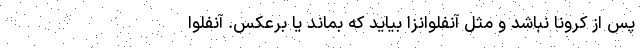
پس از کرونا نباشد و مثل آنفلوانزا بیاید که بماند یا برعکس. آنفلوا